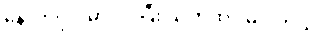
နောက်ပိုင်းမှာ ပိုပိုပြီး သတိထားမိပါတယ်။